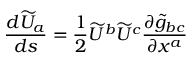
{ \frac { d { \widetilde { U } } _ { a } } { d s } } = { \frac { 1 } { 2 } } { \widetilde { U } } ^ { b } { \widetilde { U } } ^ { c } { \frac { \partial { \widetilde { g } } _ { b c } } { \partial x ^ { a } } }